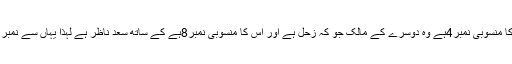
یورانس جس کا منسوبی نمبر4ہے وہ دوسرے کے مالک جو کہ زحل ہے اور اس کا منسوبی نمبر8ہے کے ساتھ سعد ناظر ہے لہذا یہاں سے نمبر حاصل ہوا 4۔